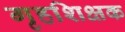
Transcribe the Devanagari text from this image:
गृहशिक्षक